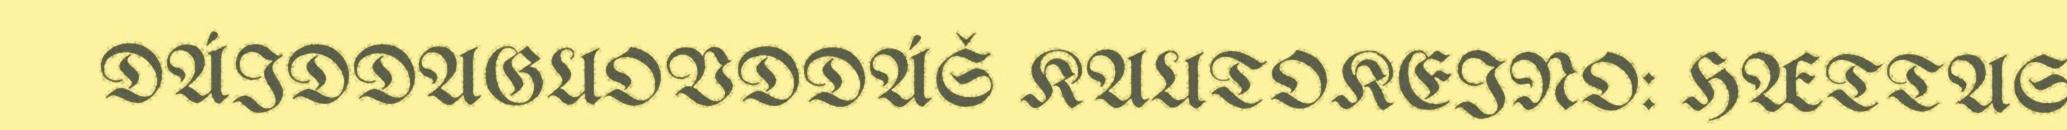
DÁIDDAGUOVDDÁŠ KAUTOKEINO: HÆTTAS